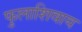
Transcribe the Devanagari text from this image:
फुलाशिवाय